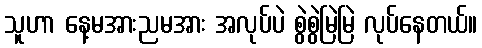
သူဟာ နေ့မအားညမအား အလုပ်ပဲ စွဲစွဲမြဲမြဲ လုပ်နေတယ်။